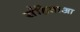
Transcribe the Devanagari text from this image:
संहिताआ